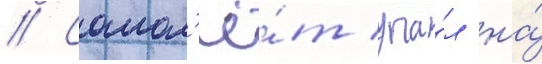
// Самол'ё́т упа́л на́